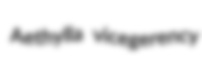
Aethylla vicegerency